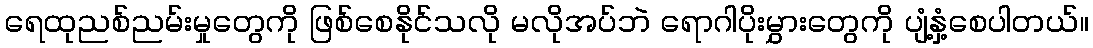
ရေထုညစ်ညမ်းမှုတွေကို ဖြစ်စေနိုင်သလို မလိုအပ်ဘဲ ရောဂါပိုးမွှားတွေကို ပျံ့နှံ့စေပါတယ်။